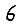
Digit: 6